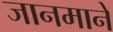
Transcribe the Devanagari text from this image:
जानमाने